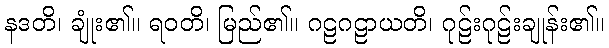
နဒတိ၊ ချုံး၏။ ရဝတိ၊ မြည်၏။ ဂဠဂဠာယတိ၊ ဂုဠ်းဂုဠ်းချုန်း၏။